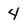
Character: 4